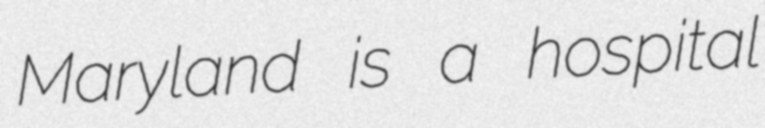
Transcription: Maryland is a hospital